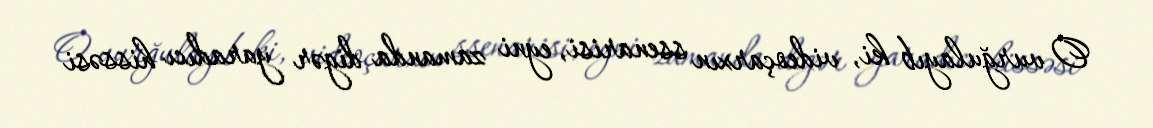
O vurğulayıb ki, videoçarxın ssenarisi, eyni zamanda digər yaradıcı hissəsi